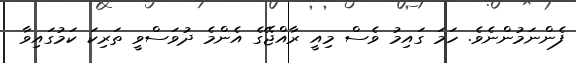
ފެންނަމުންނެވެ. ހަމަ ގައިމު ވެސް މިއީ ރާއްޖޭގެ އެންމެ ދުވަސްވީ ތަރިކަ ކަމުގައިވާ